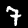
Digit: 7